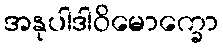
အနုပါဒါဝိမောက္ခော